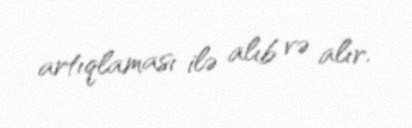
artıqlaması ilə alıb və alır.